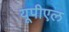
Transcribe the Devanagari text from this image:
यूपीएल